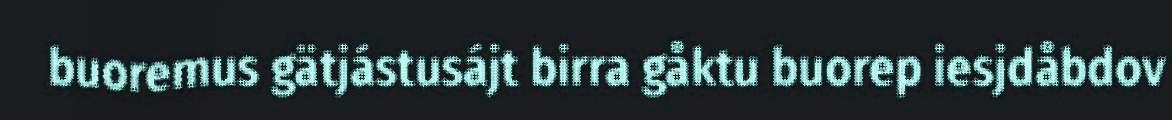
buoremus gätjástusájt birra gåktu buorep iesjdåbdov